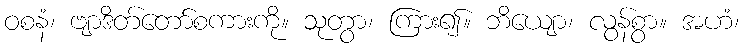
ဝစနံ၊ ဗျာဒိတ်တော်စကားကို။ သုတွာ၊ ကြား၍။ ဘိယျော၊ လွန်စွာ။ အဟံ၊